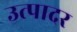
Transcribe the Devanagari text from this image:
उत्पादर